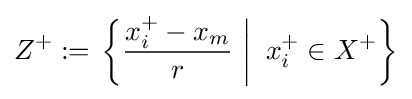
Z^{+}:=\left.\left\{{\frac {x_{i}^{+}-x_{m}}{r}}~\right|~x_{i}^{+}\in X^{+}\right\}